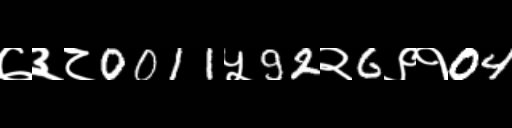
Text: ७३८0011५92२6९१04